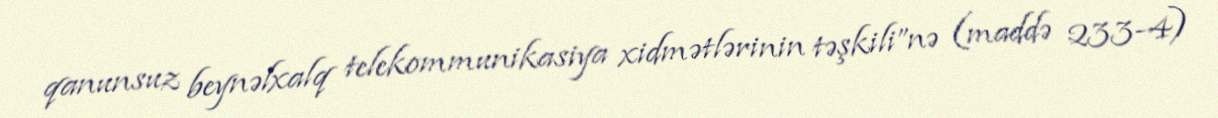
qanunsuz beynəlxalq telekommunikasiya xidmətlərinin təşkili”nə (maddə 233-4)